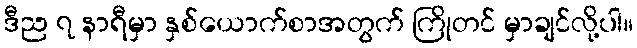
ဒီည ၇ နာရီမှာ နှစ်ယောက်စာအတွက် ကြိုတင် မှာချင်လို့ပါ။